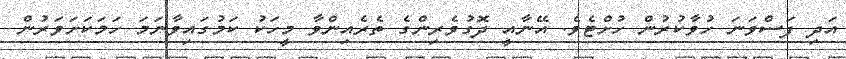
އަދި ފަސްވަނަ ހުވާކުރުން ހުށްޓެވެ. އޭނާއީ ދޮގުވެރިންގެ ތެރެއިންވާ މީހަކު ކަމުގައިވާނަމަ ހަމަކަށަވަރުން